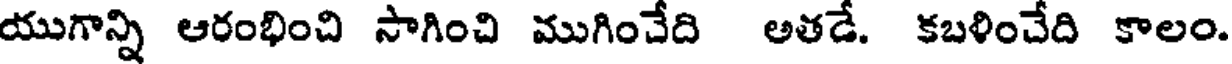
యుగాన్ని ఆరంభించి సాగించి ముగించేది అతడే. కబళించేది కాలం.